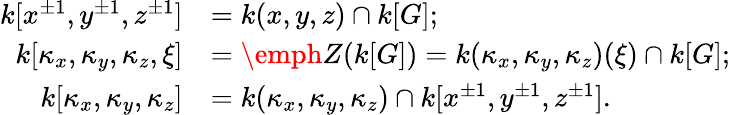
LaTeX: \begin{array}{rl}{k[x^{\pm 1},y^{\pm 1},z^{\pm 1}]}&{=k(x,y,z)\cap k[G];}\\ {k[\kappa_{x},\kappa_{y},\kappa_{z},\xi]}&{=\emph{Z}(k[G])=k(\kappa_{x},\kappa_{y},\kappa_{z})(\xi)\cap k[G];}\\ {k[\kappa_{x},\kappa_{y},\kappa_{z}]}&{=k(\kappa_{x},\kappa_{y},\kappa_{z})\cap k[x^{\pm 1},y^{\pm 1},z^{\pm 1}].}\end{array}